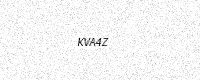
Text: KVA4Z